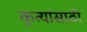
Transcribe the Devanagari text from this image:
कृत्यांसाठी